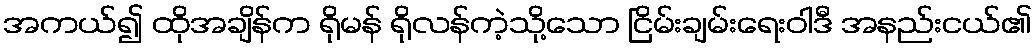
အကယ်၍ ထိုအချိန်က ရိုမန် ရိုလန်ကဲ့သို့သော ငြိမ်းချမ်းရေးဝါဒီ အနည်းငယ်၏